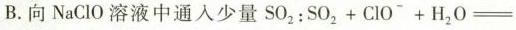
B.向NaClO溶液中通入少量$$S O _ { 2 } ： S O _ { 2 } + C I O ^ { - } + H _ { 2 } O =